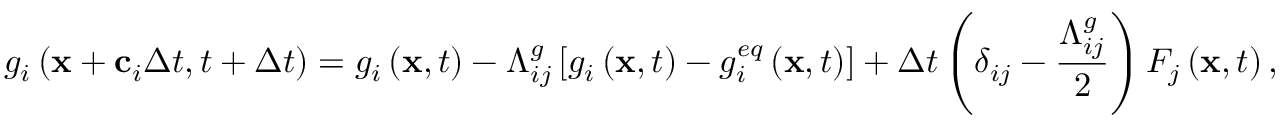
g _ { i } \left( \mathbf { x } + \mathbf { c } _ { i } \Delta t , t + \Delta t \right) = g _ { i } \left( \mathbf { x } , t \right) - \Lambda _ { i j } ^ { g } \left[ g _ { i } \left( \mathbf { x } , t \right) - g _ { i } ^ { e q } \left( \mathbf { x } , t \right) \right] + \Delta t \left( \delta _ { i j } - \frac { \Lambda _ { i j } ^ { g } } { 2 } \right) F _ { j } \left( \mathbf { x } , t \right) ,